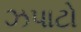
ઝપાટો